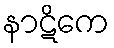
နာဋိကေ